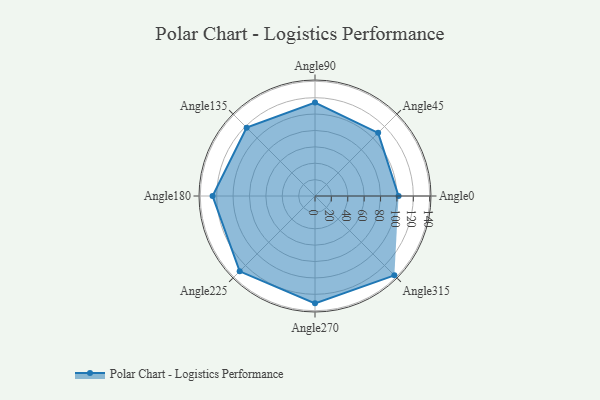
{"axis": {"x": "Angle", "y": "Radius"}, "legend": [""], "data": [{"x": "Angle0", "y": 102.0, "type": ""}, {"x": "Angle45", "y": 109.0, "type": ""}, {"x": "Angle90", "y": 114.0, "type": ""}, {"x": "Angle135", "y": 118.0, "type": ""}, {"x": "Angle180", "y": 125.0, "type": ""}, {"x": "Angle225", "y": 130.0, "type": ""}, {"x": "Angle270", "y": 131.0, "type": ""}, {"x": "Angle315", "y": 137.0, "type": ""}]}